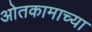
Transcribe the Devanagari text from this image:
ओतकामाच्या